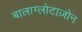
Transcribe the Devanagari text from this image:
बालाग्लोटाज़ोन